65_HS1-834228961_62-HQ-83894_Section_6
Agency: FBI
Page 145
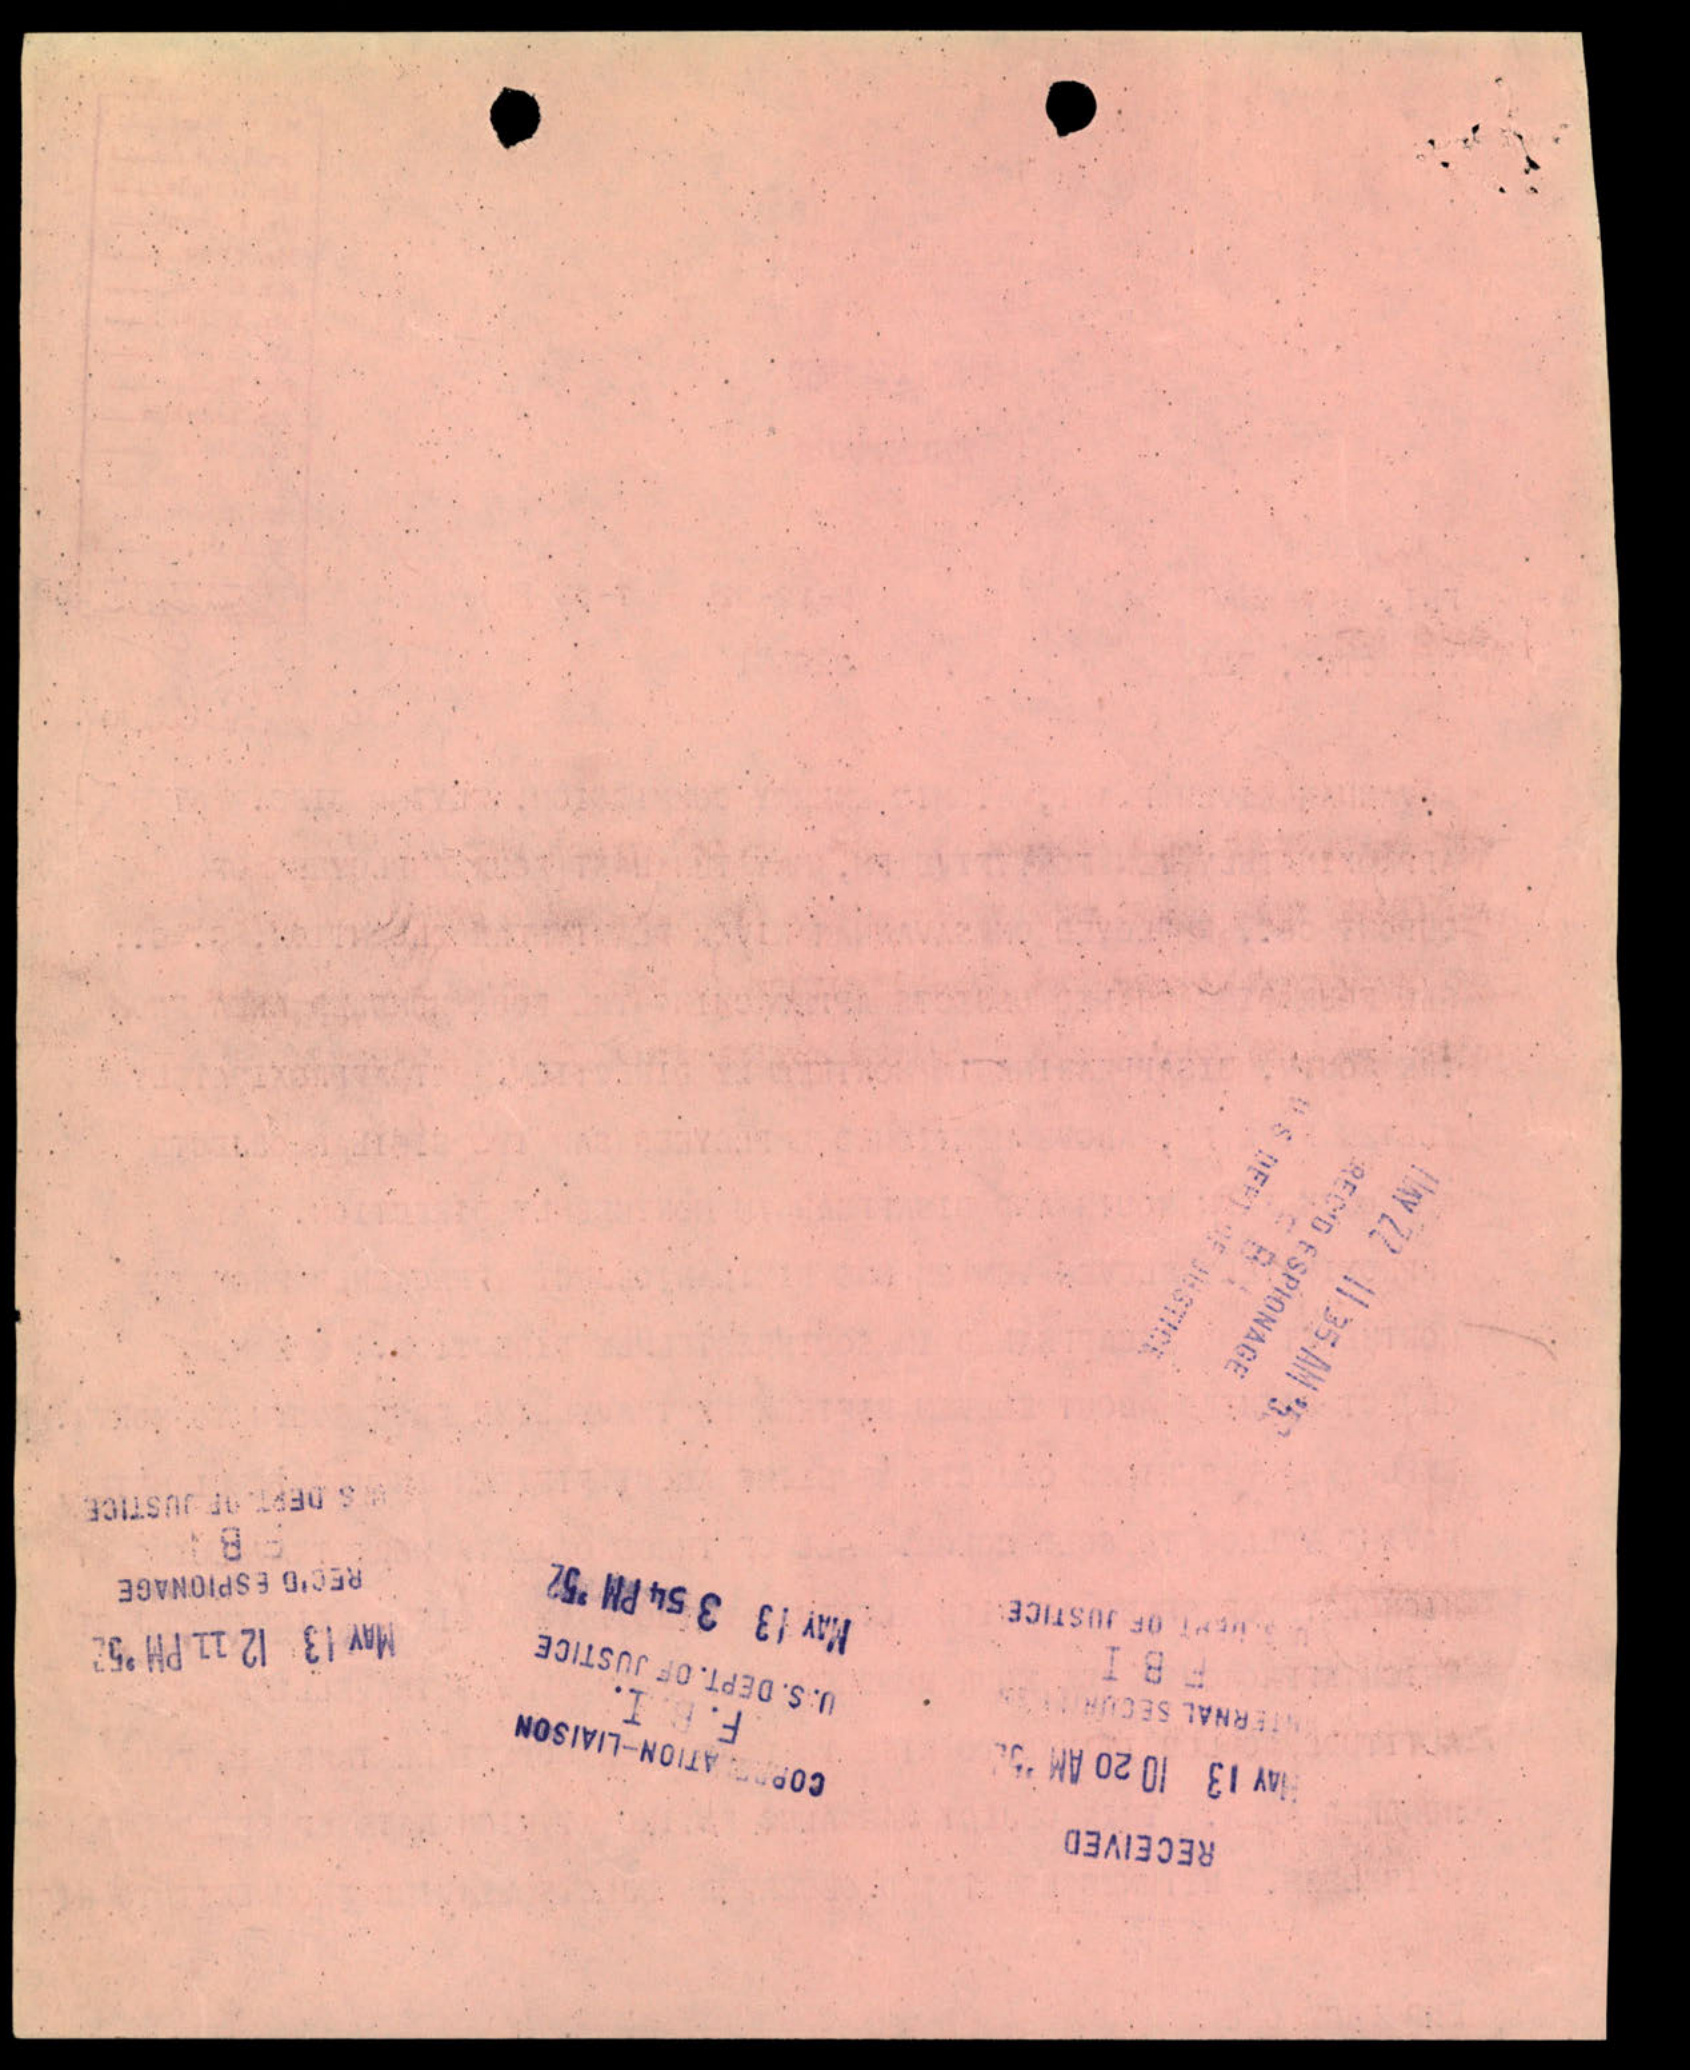